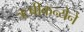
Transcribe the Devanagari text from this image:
ऋषीकन्येने